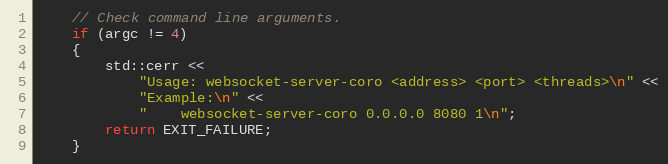
Language: C++
    // Check command line arguments.
    if (argc != 4)
    {
        std::cerr <<
            "Usage: websocket-server-coro <address> <port> <threads>\n" <<
            "Example:\n" <<
            "    websocket-server-coro 0.0.0.0 8080 1\n";
        return EXIT_FAILURE;
    }